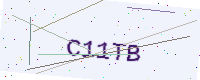
Text: C11TB